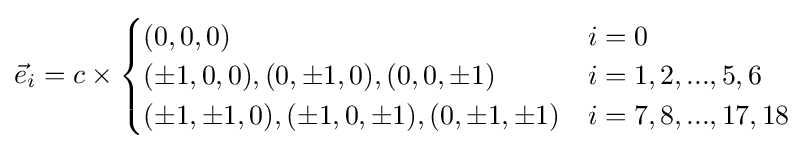
{\vec {e}}_{i}=c\times {\begin{cases}(0,0,0)&i=0\\(\pm 1,0,0),(0,\pm 1,0),(0,0,\pm 1)&i=1,2,...,5,6\\(\pm 1,\pm 1,0),(\pm 1,0,\pm 1),(0,\pm 1,\pm 1)&i=7,8,...,17,18\\\end{cases}}